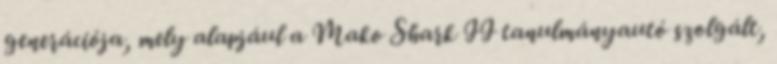
generációja, mely alapjául a Mako Shark II tanulmányautó szolgált,